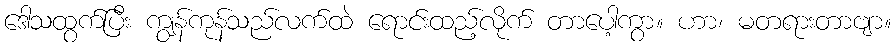
ဒေါသထွက်ပြီး ကျွန်ကုန်သည်လက်ထဲ ရောင်းထည့်လိုက် တာပေါ့ကွာ။ ဟာ၊ မတရားတာဗျာ။